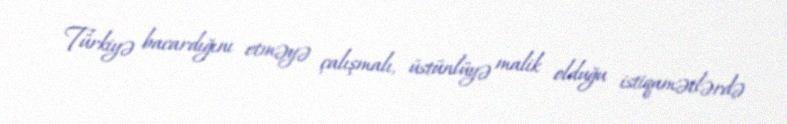
Türkiyə bacardığını etməyə çalışmalı, üstünlüyə malik olduğu istiqamətlərdə